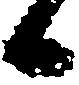
候